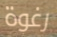
رغوة